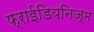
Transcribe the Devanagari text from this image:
फ्राईडियनिज्म